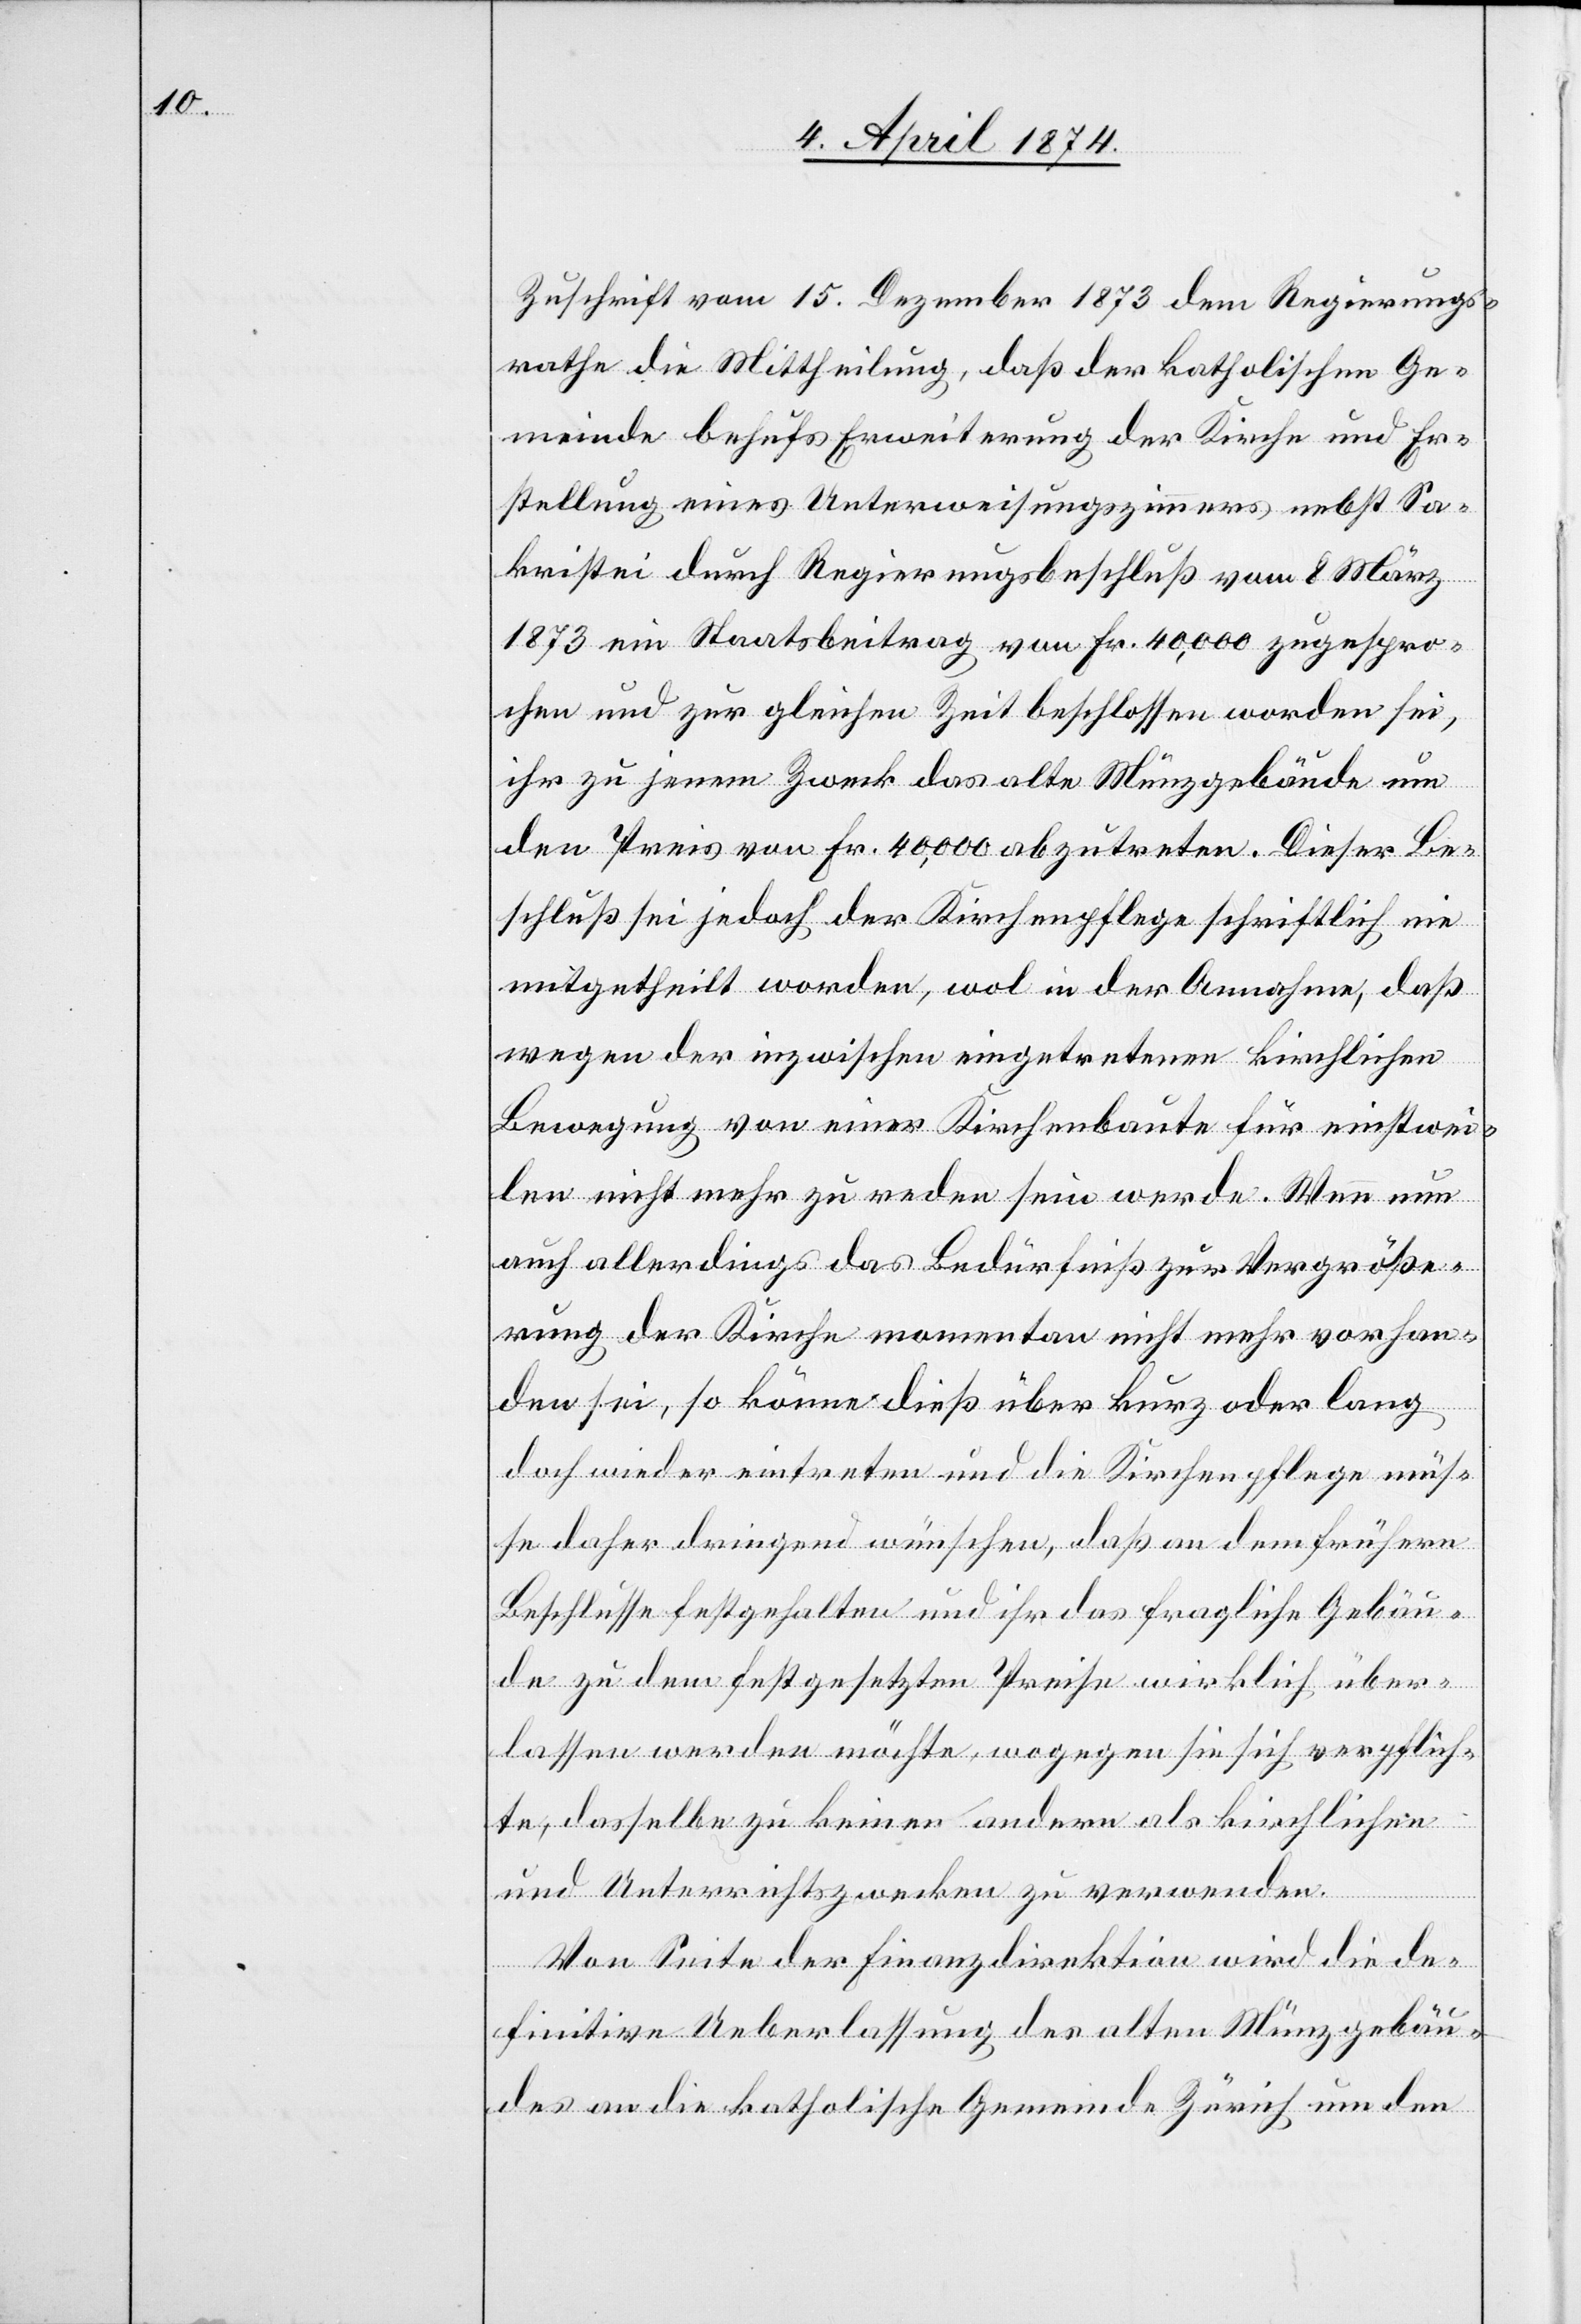
Zuschrift vom 15. Dezember 1873 dem Regierungs¬
rathe die Mittheilung, daß der katholischen Ge¬
meinde behufs Erweiterung der Kirche und Er¬
stellung eines Unterweisungszimmers nebst Sa¬
kristei durch Regierungsbeschluß vom 8. März
1873 ein Staatsbeitrag von Fr. 40,000 zugespro¬
chen und zur gleichen Zeit beschlossen worden sei,
ihr zu jenem Zweck das alte Münzgebäude um
den Preis von Fr. 40,000 abzutreten. Dieser Be¬
schluß sei jedoch der Kirchenpflege schriftlich nie
mitgetheilt worden, wol in der Annahme, daß
wegen der inzwischen eingetretenen kirchlichen
Bewegung von einer Kirchenbaute für einstwei¬
len nicht mehr zu reden sein werde. Wenn nun
auch allerdings das Bedürfniß zur Vergröße¬
rung der Kirche momentan nicht mehr vorhan¬
den sei, so könne dieß über kurz oder lang
doch wieder eintreten und die Kirchenpflege müs¬
se daher dringend wünschen, daß an dem frühern
Beschlusse festgehalten und ihr das fragliche Gebäu¬
de zu dem festgesetzten Preise wirklich über¬
lassen werden möchte, wogegen sie sich verpflich¬
te, dasselbe zu keinen andern als kirchlichen
und Unterrichtszwecken zu verwenden.
Von Seite der Finanzdirektion wird die de¬
finitive Ueberlassung des alten Münzgebäu¬
des an die katholische Gemeinde Zürich um den